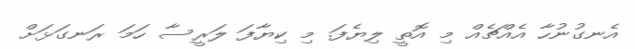
އެނގުނުހާ އެއްޗެއް މި އޮތީ ލިޔެފަ. މި ކިޔާފަ ލަރީސާ ހަމަ ރަނގަޅަށް